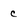
Character: c